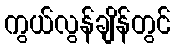
ကွယ်လွန်ချိန်တွင်